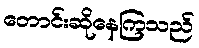
တောင်းဆိုနေကြသည်